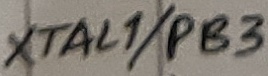
Text: XTAL1/PB3